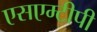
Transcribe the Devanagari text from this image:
एसएम्टीपी